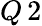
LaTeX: Q\, 2